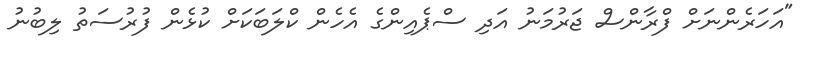
"އަހަރެންނަށް ފްރާންސް ޖަރުމަނު އަދި ސްޕެއިންގެ އެހެން ކްލަބަކަށް ކުޅެން ފުރުސަތު ލިބުނު